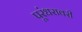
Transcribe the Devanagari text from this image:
पूरंधरावरी